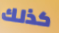
كذلك